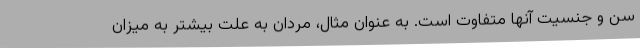
سن و جنسیت آنها متفاوت است. به عنوان مثال، مردان به علت بیشتر به میزان